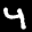
Label: 4